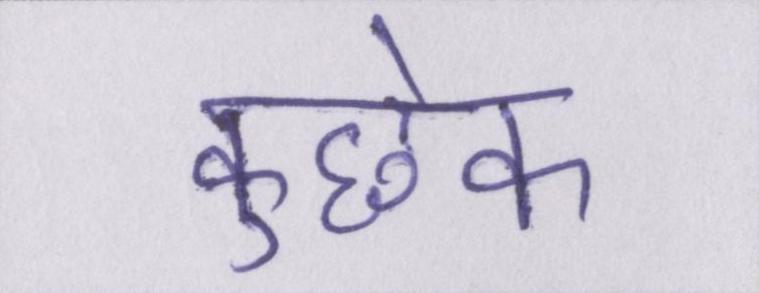
कुछेक